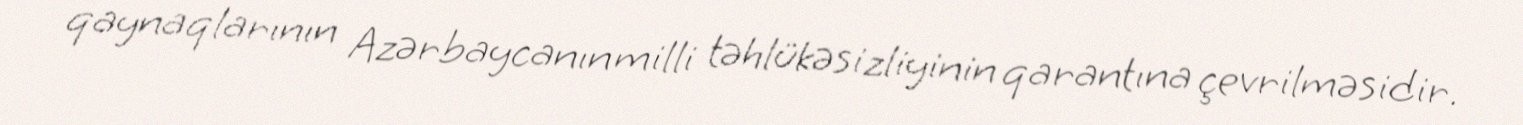
qaynaqlarının Azərbaycanın milli təhlükəsizliyinin qarantına çevrilməsidir.